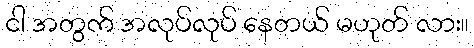
ငါ အတွက် အလုပ်လုပ် နေတယ် မဟုတ် လား။